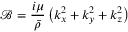
\mathcal { B } = \frac { i \mu } { \bar { \rho } } \left( k _ { x } ^ { 2 } + k _ { y } ^ { 2 } + k _ { z } ^ { 2 } \right)